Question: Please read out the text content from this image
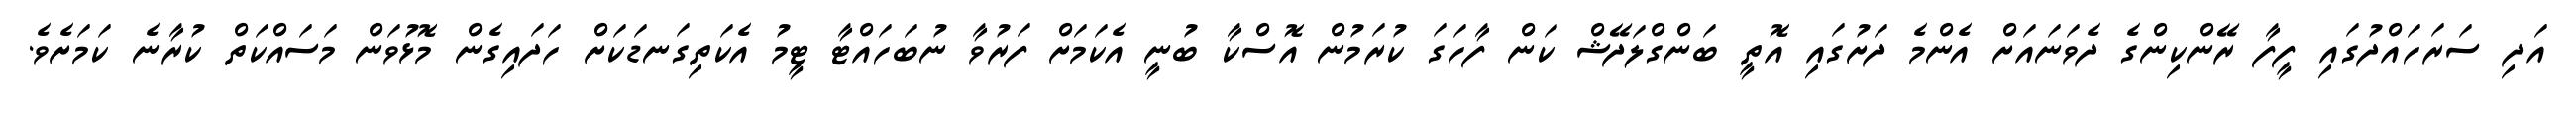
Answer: އަދި ސަރަހައްދުގައި ފީފާ ރޭންކިންގެ ދެވަނައަށް އެންމެ ދަށުގައި އޮތީ ބަންގްލަދޭޝް ކަން ފާހަގަ ކުރަމުން އޮސްކާ ބުނީ އެކަމަށް ފަރުވާ ނުބަހައްޓާ ޓީމު އެކަތިގަނޑަކަށް ހަދައިގެން މޮޅުވަން މަސައްކަތް ކުރާނެ ކަމަށެވެ.